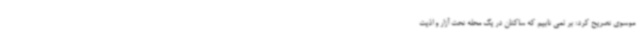
موسوی تصریح کرد: بر نمی تابیم که ساکنان در یک محله تحت آزار و اذیت